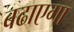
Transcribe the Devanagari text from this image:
बढाएगा